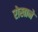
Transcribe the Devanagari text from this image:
रोखाने